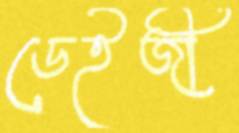
ডেইজী